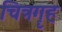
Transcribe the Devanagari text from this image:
चित्रगॄह